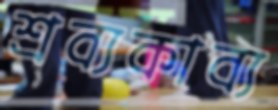
শ্রব্যকাব্য